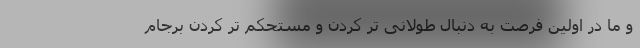
و ما در اولین فرصت به دنبال طولانی تر کردن و مستحکم تر کردن برجام